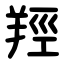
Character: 羥